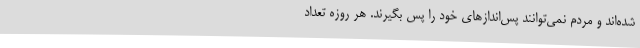
شده‌اند و مردم نمی‌توانند پس‌اندازهای خود را پس بگیرند. هر روزه تعداد